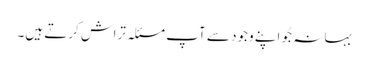
بہانہ جُو اپنے وجود سے آپ مسئلہ تراش کرتے ہیں۔